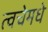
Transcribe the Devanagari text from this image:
त्वचेमधे